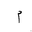
Letter: _mim